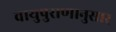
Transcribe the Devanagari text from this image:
वायुपुराणानुसार